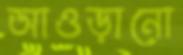
আওড়ানো